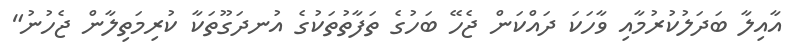
އާއިލާ ބަދަލުކުރުމާއި ވާހަކަ ދައްކަން ޖެހޭ ބަހުގެ ތަފާތުތަކުގެ އުނދަގޫތަކާ ކުރިމަތިލާން ޖެހުނު"